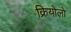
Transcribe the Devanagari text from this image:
क्रियोलो